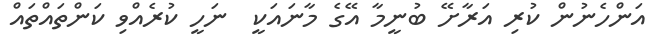
އަންހެނުން ކުރި އަރާށޭ ބުނީމާ އޭގެ މާނައަކީ  ނަހީ ކުރެއްވި ކަންތައްތައް